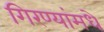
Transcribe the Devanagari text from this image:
गिरण्यांमधे